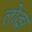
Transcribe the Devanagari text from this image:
लोत्झ